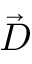
\vec { D }